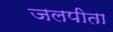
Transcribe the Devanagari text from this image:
जलपीता